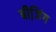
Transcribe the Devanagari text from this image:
बीजि़ंग